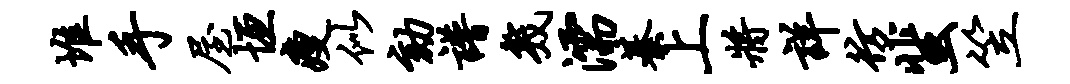
堆手屋垣瘦似劾谱几濡綦上将详彷蜚笠